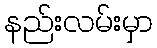
နည်းလမ်းမှာ